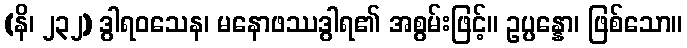
(နိ၊ ၂၃၂) ဒွါရဝသေန၊ မနောဖဿဒွါရ၏ အစွမ်းဖြင့်။ ဥပ္ပန္နော၊ ဖြစ်သော။